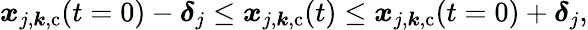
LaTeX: \begin{array}{r}{\boldsymbol{x}_{j,\boldsymbol{k},\mathrm{c}}(t=0)-\boldsymbol{\delta}_{j}\leq\boldsymbol{x}_{j,\boldsymbol{k},\mathrm{c}}(t)\leq\boldsymbol{x}_{j,\boldsymbol{k},\mathrm{c}}(t=0)+\boldsymbol{\delta}_{j},}\end{array}